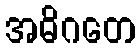
အဓိဂတေ